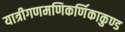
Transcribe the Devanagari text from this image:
यात्रीगणमणिकर्णिकाकुण्ड